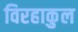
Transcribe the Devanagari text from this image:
विरहाकुल